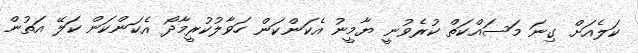
ކަލެއަށް ގިނަ މަސައްކަތް ކުރެވުނީ ޔާމީނު އެކަންކަން ހަވާލުކުރީމާދޯ އެކަންކަން ކަލޭ އަތުން